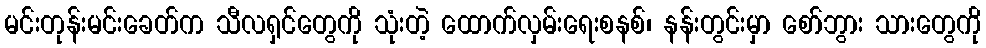
မင်းတုန်းမင်းခေတ်က သီလရှင်တွေကို သုံးတဲ့ ထောက်လှမ်းရေးစနစ်၊ နန်းတွင်းမှာ စော်ဘွား သားတွေကို